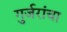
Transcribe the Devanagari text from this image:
गुर्जरांचा